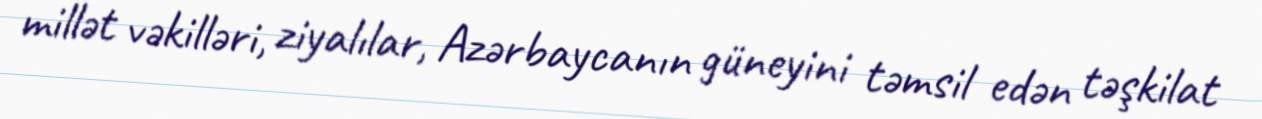
millət vəkilləri, ziyalılar, Azərbaycanın güneyini təmsil edən təşkilat